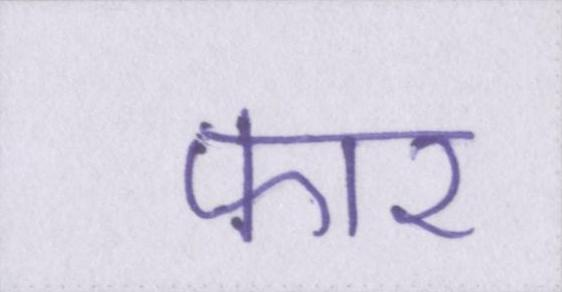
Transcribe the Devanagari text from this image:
फार